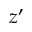
z ^ { \prime }